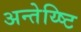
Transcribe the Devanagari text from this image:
अन्तेय्ष्टि